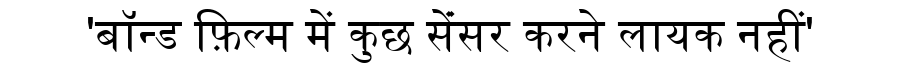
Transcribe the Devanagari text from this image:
'बॉन्ड फ़िल्म में कुछ सेंंसर करने लायक नहीं'